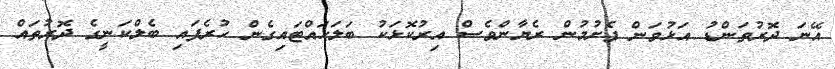
އޭނަ ދޮރުތަންޑު އަޅުވަން ފެށުމުން ރެޔާންވެސް އިރުކޮޅަކު ބަލަހައްޓައިގެން ހުރެފައި ބެލްކަނީގެ ދޮރުތައް